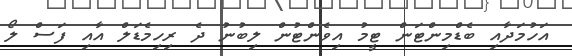
އަހުމަދާއި ބެޑްމިންޓަން ޓީމު އިވެންޓުން ލިބުނު ދެ ރިހިމެޑަލް އާއި ފަސް ލޯ